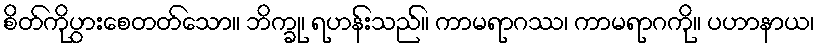
စိတ်ကိုပွားစေတတ်သော။ ဘိက္ခု၊ ရဟန်းသည်။ ကာမရာဂဿ၊ ကာမရာဂကို။ ပဟာနာယ၊